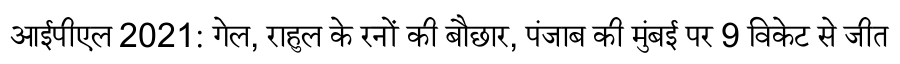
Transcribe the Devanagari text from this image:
आईपीएल 2021: गेल, राहुल के रनों की बौछार, पंजाब की मुंबई पर 9 विकेट से जीत